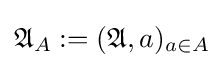
{\mathfrak {A}}_{A}:=({\mathfrak {A}},a)_{a\in A}